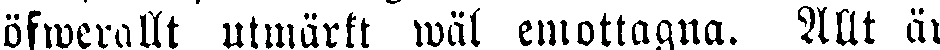
öfwerallt utmärkt wäl emottagna. Allt är